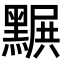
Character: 𪑩